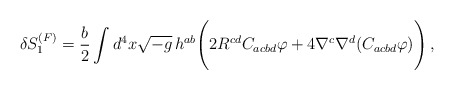
\begin{align*}\delta S_1^{(F)} = \frac{b}{2} \int d^4x \sqrt{-g}\,h^{ab}\Biggl(2R^{cd}C_{acbd}\varphi + 4\nabla^c \nabla^d (C_{acbd}\varphi)\Biggr)\,,\end{align*}